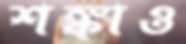
শঙ্কাও